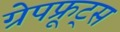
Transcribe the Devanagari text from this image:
ग्रेपफ्रूट्स